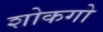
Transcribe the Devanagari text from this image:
शोकगो